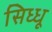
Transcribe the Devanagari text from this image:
सिध्धू